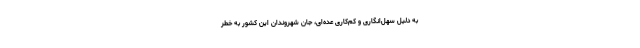
به دلیل سهل‌انگاری و کم‌کاری عده‌ای، جان شهروندان این کشور به خطر